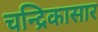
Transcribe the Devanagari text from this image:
चन्द्रिकासार